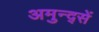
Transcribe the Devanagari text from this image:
अमुन्द्सें